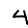
Digit: 4